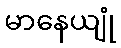
မာနေယျုံ